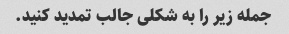
جمله زیر را به شکلی جالب تمدید کنید.